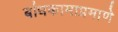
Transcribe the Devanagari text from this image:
बांधकामाप्रमाणे